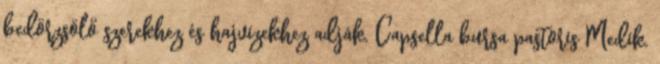
bedörzsölő szerekhez és hajvizekhez adják. Capsella bursa pastoris Medik.